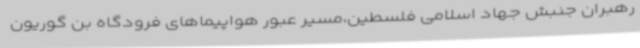
رهبران جنبش جهاد اسلامی فلسطین،مسیر عبور هواپیماهای فرودگاه بن گوریون